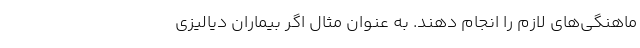
ماهنگی‌های لازم را انجام دهند. به عنوان مثال اگر بیماران دیالیزی